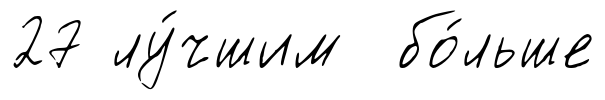
27 лу́чшим бо́льше